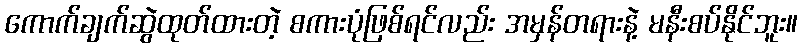
ကောက်ချက်ဆွဲထုတ်ထားတဲ့ စကားပုံဖြစ်ရင်လည်း အမှန်တရားနဲ့ မနီးစပ်နိုင်ဘူး။